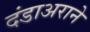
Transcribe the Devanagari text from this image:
दंडाअराने